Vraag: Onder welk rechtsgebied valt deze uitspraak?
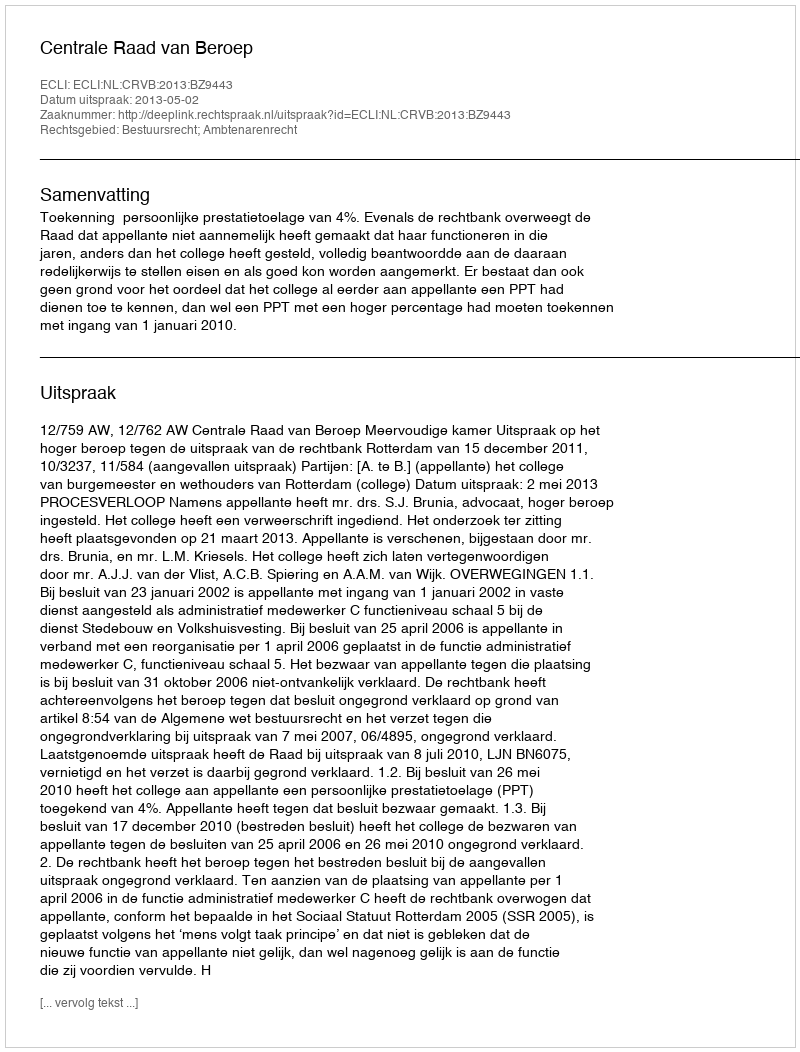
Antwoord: Bestuursrecht; Ambtenarenrecht